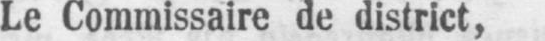
Le Commissaire de district,